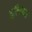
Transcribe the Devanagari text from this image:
मुष्टिकाला